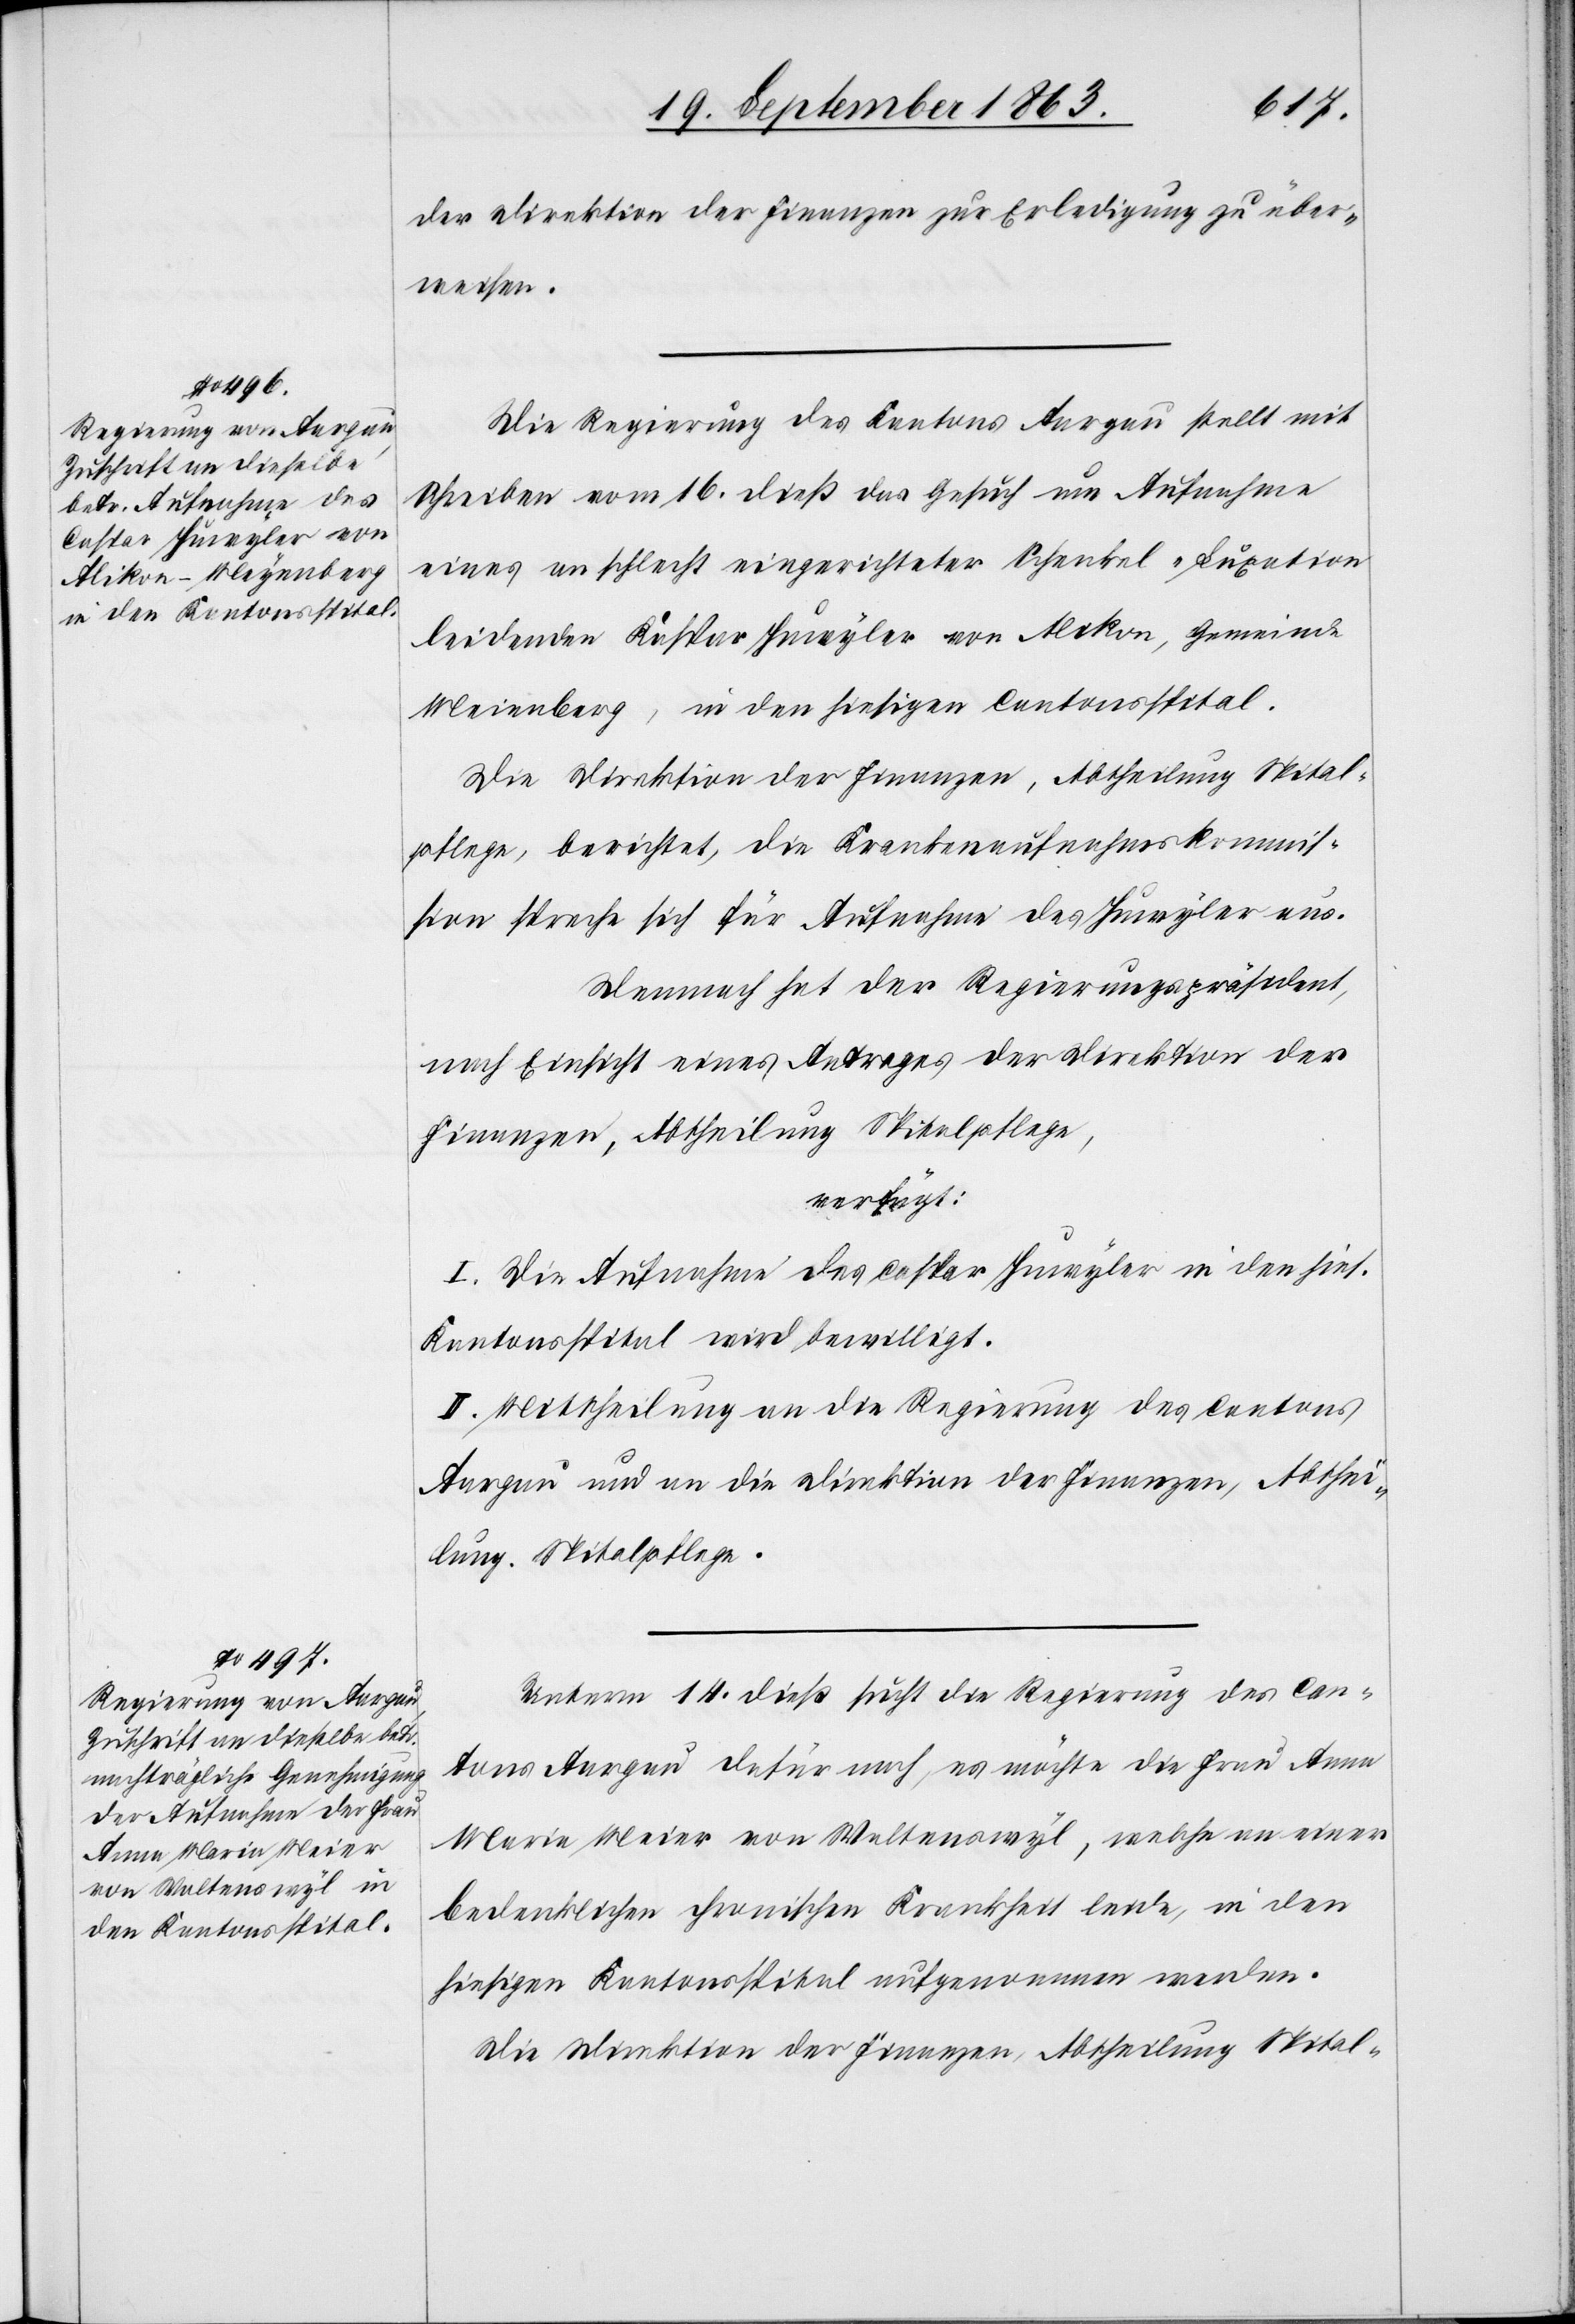
24. September 1863.]
der Direktion der Finanzen zur Erledigung zu über¬
weisen.
Die Regierung des Kantons Aargau stellt mit
Schreiben vom 16. dieß das Gesuch um Aufnahme
eines an schlecht eingerichteter Schenkel-Luxation
leidenden Kaspar Huwyler von Alikon, Gemeinde
Meienberg [sic!], in den hiesigen Cantonsspital.
Die Direktion der Finanzen, Abtheilung Spital-
pflege, berichtet, die Krankenaufnahmskommis¬
sion spreche sich für Aufnahme des Huwyler aus.
Demnach hat der Regierungspräsident,
nach Einsicht eines Antrages der Direktion der
Finanzen, Abtheilung Spitalpflege,
verfügt:
I. Die Aufnahme des Caspar Huwyler in den hies.
Kantonsspital wird bewilligt.
II. Mittheilung an die Regierung des Cantons
Aargau und an die Direktion der Finanzen, Abthei¬
lung. Spitalpflege.
Unterm 14. dieß sucht die Regierung des Can¬
tons Aargau dafür nach, es möchte die Frau Anna
Maria Meier von Waltenswyl, welche an einer
bedenklichen chronischen Krankheit leide, in den
hiesigen Kantonsspital aufgenommen werden.